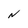
Character: N